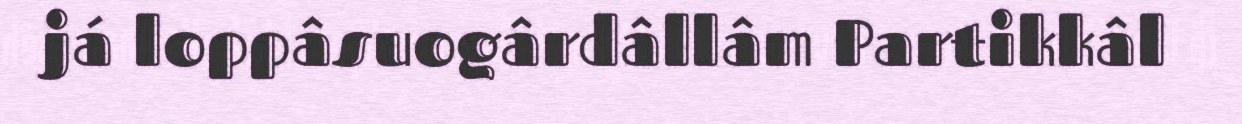
já loppâsuogârdâllâm Partikkâl